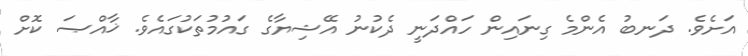
އަށެވެ. ދަނބު އެންމެ ގިނައިން ހައްދަނީ ދެކުނު އޭޝިޔާގެ ގައުމުތަކުގައެވެ. ޚާއްޞަ ކޮށް